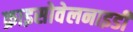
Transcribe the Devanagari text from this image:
क्राइसोवेलनाइडी